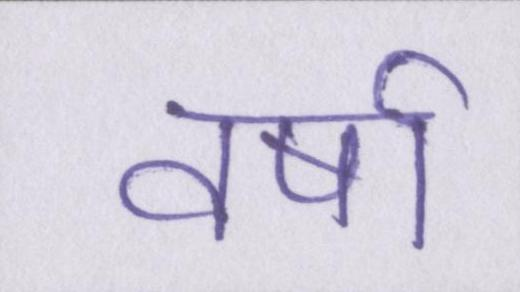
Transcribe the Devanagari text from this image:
वर्षा